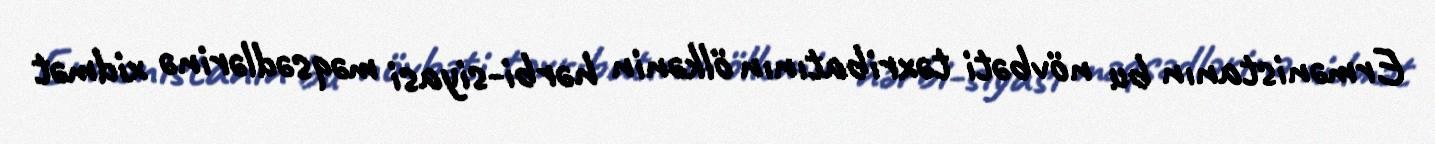
Ermənistanın bu növbəti təxribatının ölkənin hərbi-siyasi məqsədlərinə xidmət